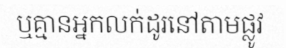
ឬគ្មានអ្នកលក់ដូរនៅតាមផ្លូវ